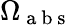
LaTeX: \Omega_{\mathrm{~a~b~s~}}